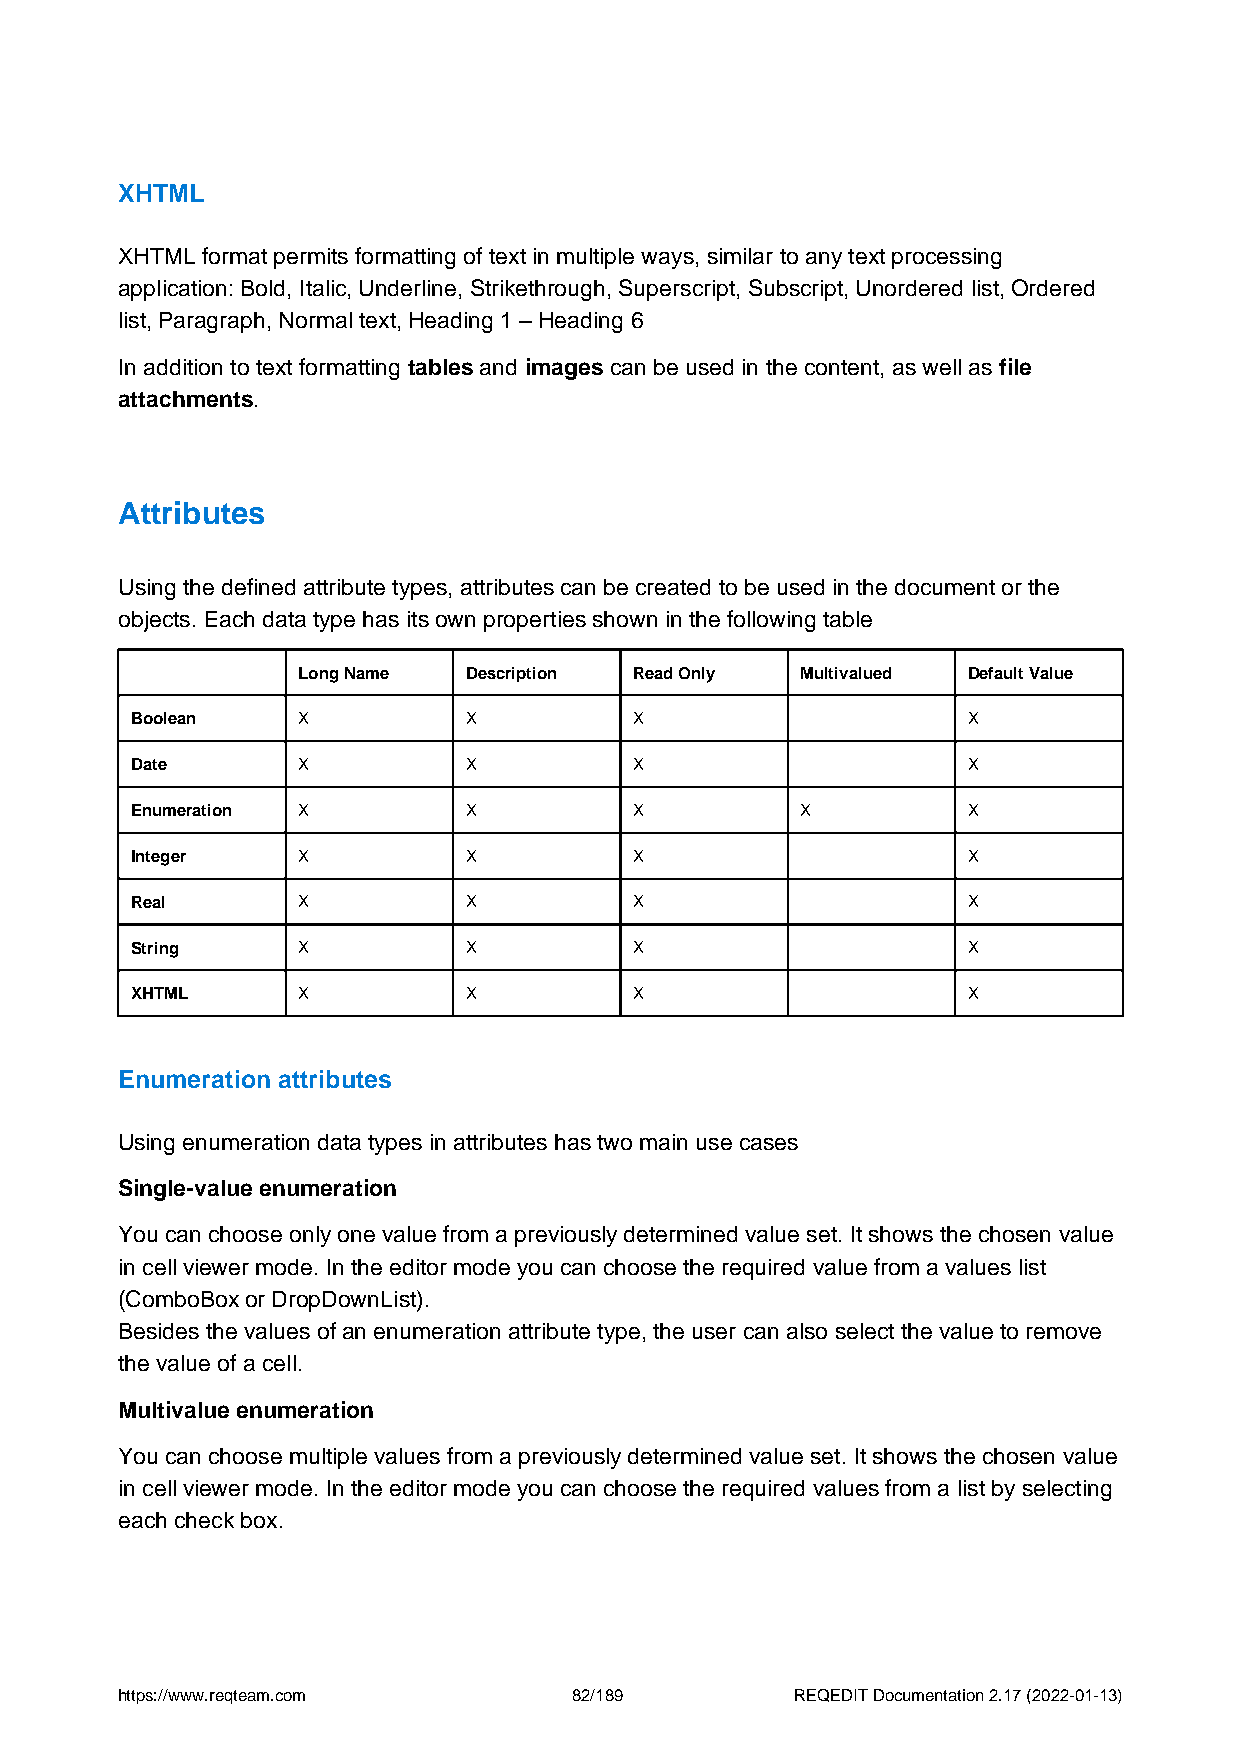
XHTML
 XHTML format permits formatting of text in multiple ways, similar to any text processing
 application: Bold, Italic, Underline, Strikethrough, Superscript, Subscript, Unordered list, Ordered
 list, Paragraph, Normal text, Heading 1 – Heading 6
 In addition to text formatting tables and images can be used in the content, as well as file
 attachments.
 Attributes
 Using the defined attribute types, attributes can be created to be used in the document or the
 objects. Each data type has its own properties shown in the following table
 Long Name  Description Read Only Multivalued Default Value
 Boolean    X          X          X                     X
 Date       X          X          X                     X
 Enumeration X         X          X          X          X
 Integer    X          X          X                     X
 Real       X          X          X                     X
 String     X          X          X                     X
 XHTML      X          X          X                     X
 Enumeration attributes
 Using enumeration data types in attributes has two main use cases
 Single-value enumeration
 You can choose only one value from a previously determined value set. It shows the chosen value
 in cell viewer mode. In the editor mode you can choose the required value from a values list
 (ComboBox or DropDownList).
 Besides the values of an enumeration attribute type, the user can also select the value to remove
 the value of a cell.
 Multivalue enumeration
 You can choose multiple values from a previously determined value set. It shows the chosen value
 in cell viewer mode. In the editor mode you can choose the required values from a list by selecting
 each check box.
 https://www.reqteam.com       82/189         REQEDIT Documentation 2.17 (2022-01-13)